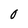
Character: 0